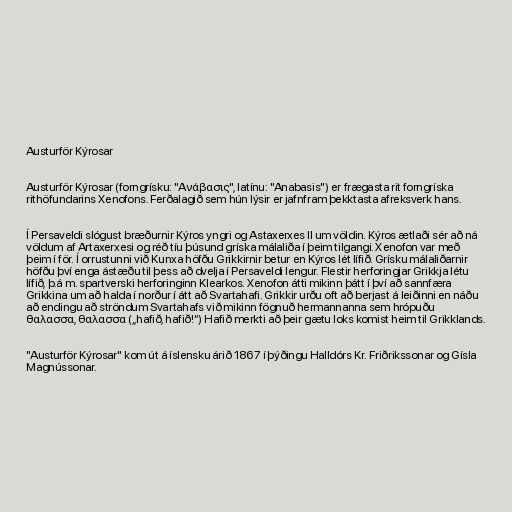
Austurför Kýrosar

Austurför Kýrosar (forngrísku: "Aνάβασις", latínu: "Anabasis") er frægasta rit forngríska
rithöfundarins Xenofons. Ferðalagið sem hún lýsir er jafnfram þekktasta afreksverk hans.

Í Persaveldi slógust bræðurnir Kýros yngri og Astaxerxes II um völdin. Kýros ætlaði sér að ná
völdum af Artaxerxesi og réð tíu þúsund gríska málaliða í þeim tilgangi. Xenofon var með
þeim í för. Í orrustunni við Kunxa höfðu Grikkirnir betur en Kýros lét lífið. Grísku málaliðarnir
höfðu því enga ástæðu til þess að dvelja í Persaveldi lengur. Flestir herforingjar Grikkja létu
lífið, þ.á m. spartverski herforinginn Klearkos. Xenofon átti mikinn þátt í því að sannfæra
Grikkina um að halda í norður í átt að Svartahafi. Grikkir urðu oft að berjast á leiðinni en náðu
að endingu að ströndum Svartahafs við mikinn fögnuð hermannanna sem hrópuðu
θαλασσα, θαλασσα („hafið, hafið!“) Hafið merkti að þeir gætu loks komist heim til Grikklands.

"Austurför Kýrosar" kom út á íslensku árið 1867 í þýðingu Halldórs Kr. Friðrikssonar og Gísla
Magnússonar.